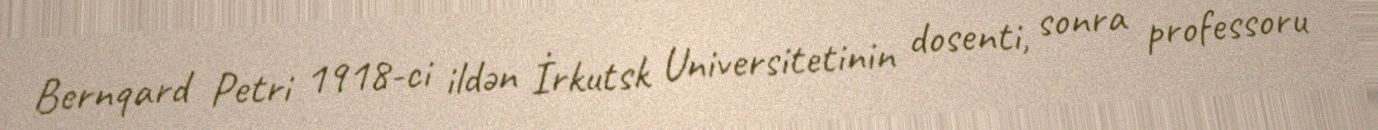
Bernqard Petri 1918-ci ildən İrkutsk Universitetinin dosenti, sonra professoru